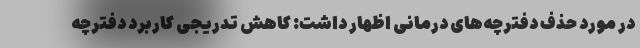
در مورد حذف دفترچه‌های درمانی اظهار داشت: کاهش تدریجی کاربرد دفترچه